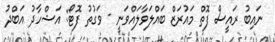
ނައިބު ރައީސް ފޮތް މައުރަޒް ބައްލަވާލައްވަނީ - ވަގުތު ފޮޓޯ: އަޝްހާދު އަބްދު